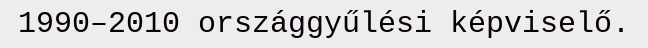
1990–2010 országgyűlési képviselő.